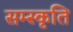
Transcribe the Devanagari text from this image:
सम्स्कृति